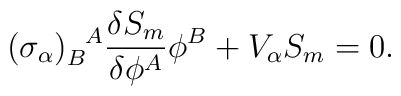
(\sigma_\alpha)_B^{~~\!A} \frac{\delta S_m}{\delta \phi^A} \phi^B +V_\alpha S_m = 0.